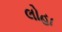
લોહા